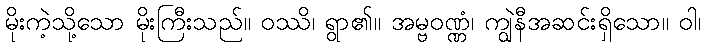
မိုးကဲ့သို့သော မိုးကြီးသည်။ ဝဿိ၊ ရွာ၏။ အမ္ဗဝဏ္ဏံ၊ ကျွဲနီအဆင်းရှိသော။ ဝါ၊